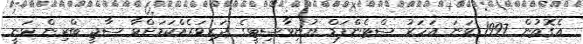
އެގޮތުން 1997 ވަނަ އަހަރު ސްޓެންފަޑް ޔުނިވާސިޓީގެ ދަރިވަރެއްކަމަށްވާ ސާޖީ ބްރިން ވަނީ